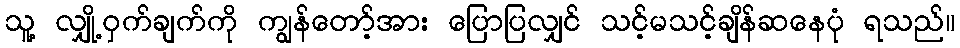
သူ့ လျှို့ဝှက်ချက်ကို ကျွန်တော့်အား ပြောပြလျှင် သင့်မသင့်ချိန်ဆနေပုံ ရသည်။